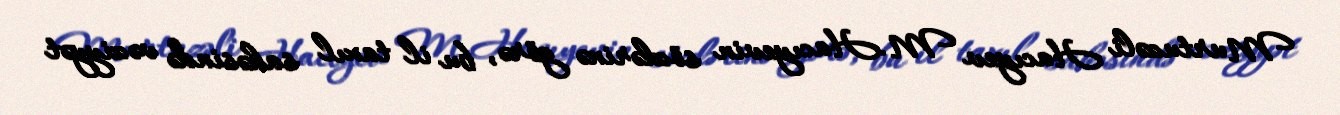
Murtuzəli Hacıyev M.Hacıyevin sözlərinə görə, bu il taxıl sahəsində vəziyyət